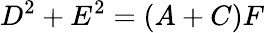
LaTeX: D^{2}+E^{2}=(A+C)F